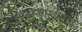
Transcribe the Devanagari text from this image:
अवस्थास्थापन